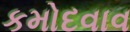
કમોદવાવ